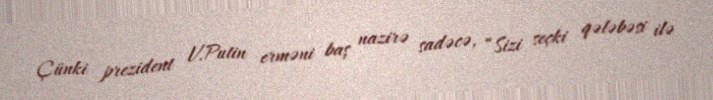
Çünki prezident V.Putin erməni baş nazirə sadəcə, “Sizi seçki qələbəsi ilə